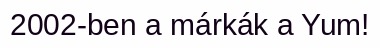
2002-ben a márkák a Yum!